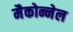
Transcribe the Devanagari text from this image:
मैकोन्नेल